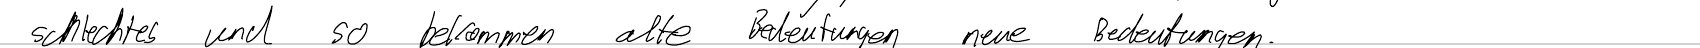
schlechtes und so bekommen alte Bedeutungen neue Bedeutungen.